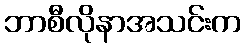
ဘာစီလိုနာအသင်းက